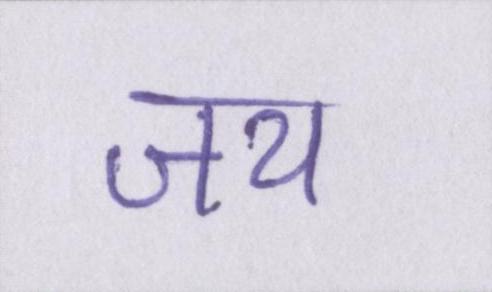
जय